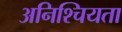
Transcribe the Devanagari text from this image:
अनिश्चियता